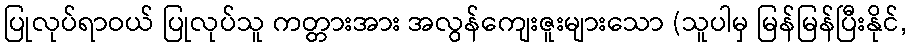
ပြုလုပ်ရာဝယ် ပြုလုပ်သူ ကတ္တားအား အလွန်ကျေးဇူးများသော (သူပါမှ မြန်မြန်ပြီးနိုင်,